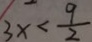
3 x < \frac { 9 } { 2 }